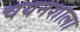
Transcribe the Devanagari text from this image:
चयनशाला